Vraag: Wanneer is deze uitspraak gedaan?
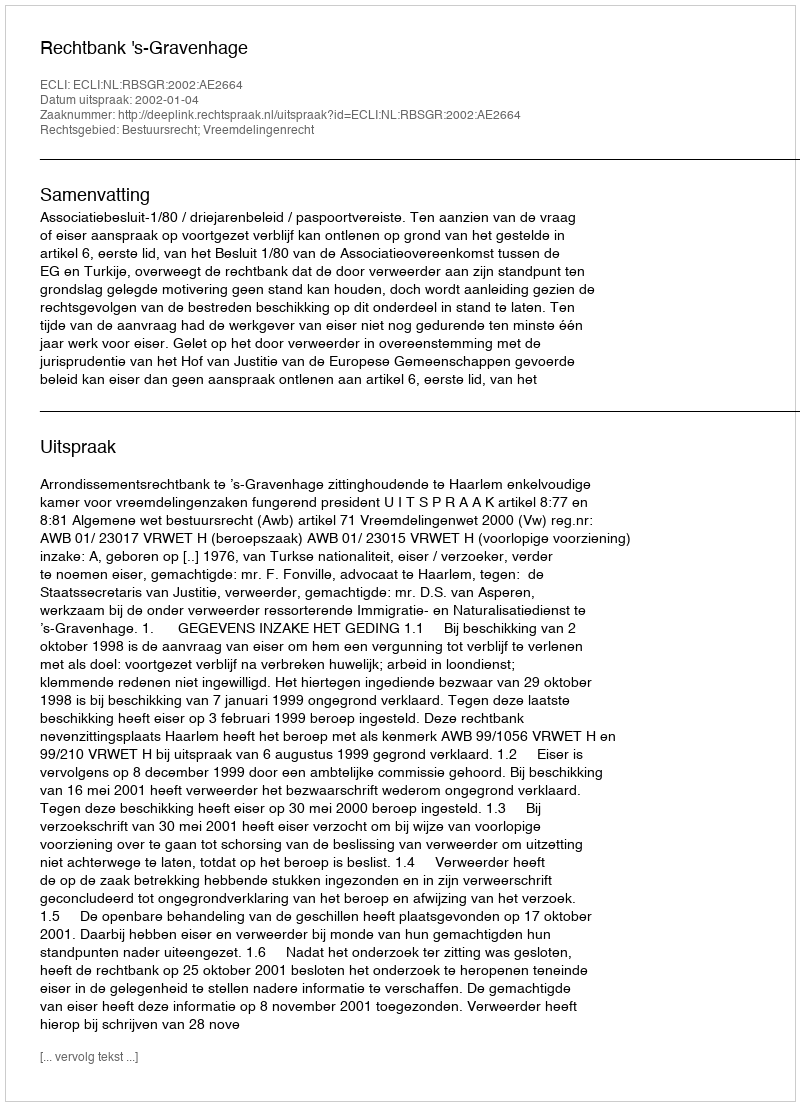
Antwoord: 2002-01-04